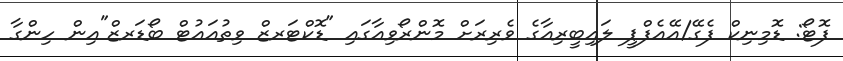
ފޮޓޯ: ޑޮމިނިކް ފެގޭ/އޭއެފްޕީ ލައިބީރިއާގެ ވެރިރަަށް މޮންރޯވިއާގައި "ޑޮކްޓަރޒް ވިތުއައުޓް ބޯޑަރޒް"އިން ހިންގާ